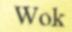
Wok